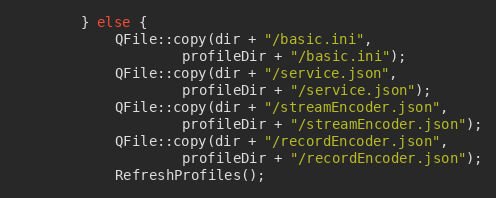
Language: C++
		} else {
			QFile::copy(dir + "/basic.ini",
				    profileDir + "/basic.ini");
			QFile::copy(dir + "/service.json",
				    profileDir + "/service.json");
			QFile::copy(dir + "/streamEncoder.json",
				    profileDir + "/streamEncoder.json");
			QFile::copy(dir + "/recordEncoder.json",
				    profileDir + "/recordEncoder.json");
			RefreshProfiles();